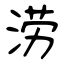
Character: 涝